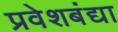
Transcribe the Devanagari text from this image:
प्रवेशबंद्या